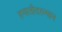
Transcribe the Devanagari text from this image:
हयातीदरम्यान